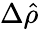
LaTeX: \Delta\hat{\rho}